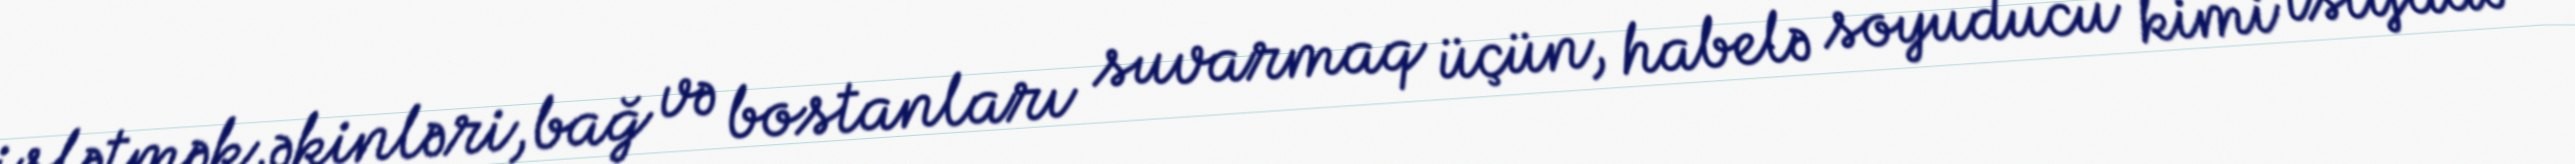
işlətmək,əkinləri,bağ və bostanları suvarmaq üçün, habelə soyuducu kimi istifadə